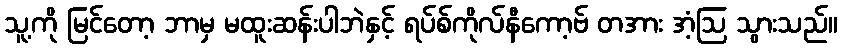
သူ့ကို မြင်တော့ ဘာမှ မထူးဆန်းပါဘဲနှင့် ရပ်စ်ကိုလ်နီကော့ဗ် တအား အံ့ဩ သွားသည်။